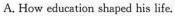
A. How education shaped his life.